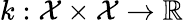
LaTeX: k:\mathcal{X}\times\mathcal{X}\to\mathbb{R}